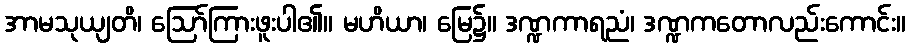
အာမသုယျတိ၊ ဩော်ကြားဖူးပါ၏။ မဟိယာ၊ မြေ၌။ ဒဏ္ဍကာရညံ၊ ဒဏ္ဍကတောလည်းကောင်း။